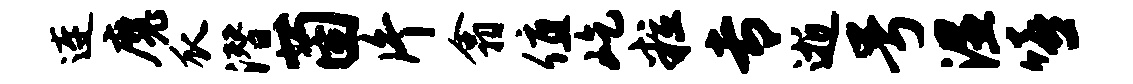
连魔瓜潜茵片翕值屹粒专逝号湿嘻